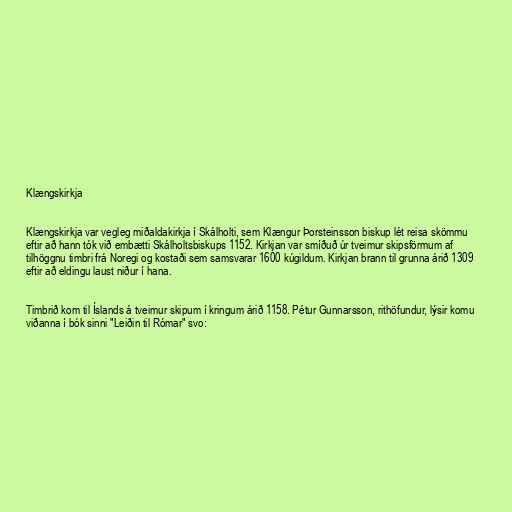
Klængskirkja

Klængskirkja var vegleg miðaldakirkja í Skálholti, sem Klængur Þorsteinsson biskup lét reisa skömmu
eftir að hann tók við embætti Skálholtsbiskups 1152. Kirkjan var smíðuð úr tveimur skipsförmum af
tilhöggnu timbri frá Noregi og kostaði sem samsvarar 1600 kúgildum. Kirkjan brann til grunna árið 1309
eftir að eldingu laust niður í hana.

Timbrið kom til Íslands á tveimur skipum í kringum árið 1158. Pétur Gunnarsson, rithöfundur, lýsir komu
viðanna í bók sinni "Leiðin til Rómar" svo: